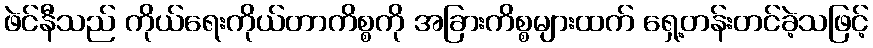
ဖဲင်နီသည် ကိုယ်ရေးကိုယ်တာကိစ္စကို အခြားကိစ္စများထက် ရှေ့တန်းတင်ခဲ့သဖြင့်